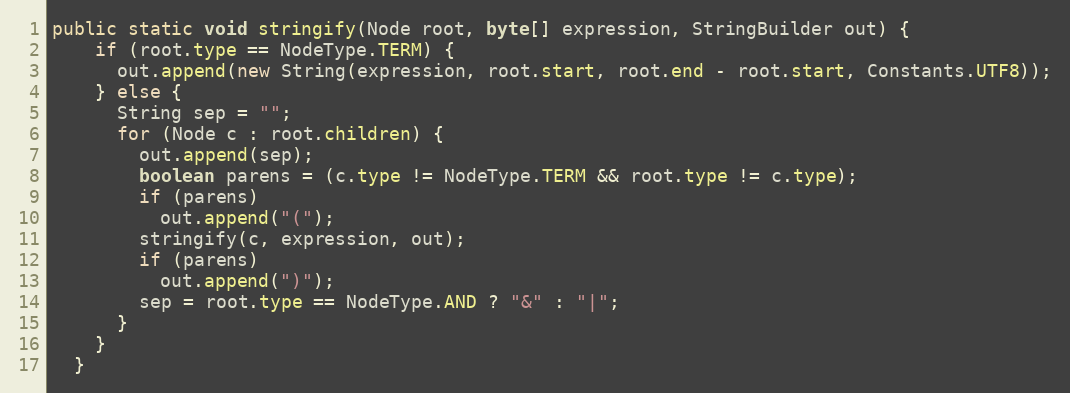
Language: Java
public static void stringify(Node root, byte[] expression, StringBuilder out) {
    if (root.type == NodeType.TERM) {
      out.append(new String(expression, root.start, root.end - root.start, Constants.UTF8));
    } else {
      String sep = "";
      for (Node c : root.children) {
        out.append(sep);
        boolean parens = (c.type != NodeType.TERM && root.type != c.type);
        if (parens)
          out.append("(");
        stringify(c, expression, out);
        if (parens)
          out.append(")");
        sep = root.type == NodeType.AND ? "&" : "|";
      }
    }
  }